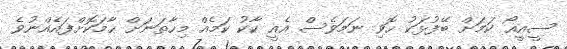
ސީއީއޯ ކަމަށް ބޭފުޅަކު ހޮވި ނަމަވެސް އެއީ ކާކު ކަމެއް މިހާތަނަށް ހާމަކޮށްފައެއްނުވެ